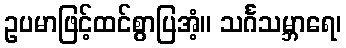
ဥပမာဖြင့်ထင်စွာပြအံ့။ သင်္ဂသမ္ဘာရေ၊